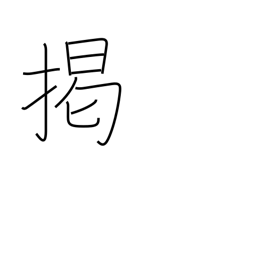
Meaning: hang out